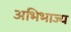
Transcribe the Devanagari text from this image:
अभिभाज्य